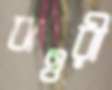
বাওরী